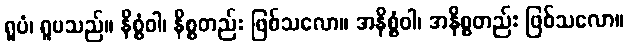
ရူပံ၊ ရူပသည်။ နိစ္စံဝါ၊ နိစ္စတည်း ဖြစ်သလော။ အနိစ္စံဝါ၊ အနိစ္စတည်း ဖြစ်သလော။